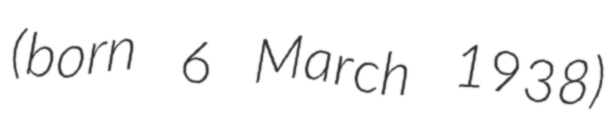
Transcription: (born 6 March 1938)